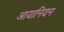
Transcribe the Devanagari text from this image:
आयानियन